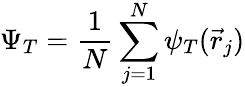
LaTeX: \Psi_{T}=\frac{1}{N}\sum_{j=1}^{N}\psi_{T}(\vec{r}_{j})